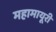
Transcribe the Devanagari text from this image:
महामायूरी